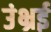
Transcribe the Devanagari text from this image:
उंभ्रई